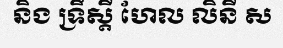
និង ទ្រឹស្តី ហែល លិនី ស